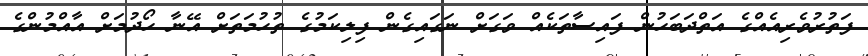
ފަތުރުވެރިއެއްގެ އަތްދަބަހުން ފައިސާތަކެއް ވަގަށް ނަގައިގެން ފިލިކަމުގެ ތުހުމަތަށް އޭނާ ހޯދުމަށް އާއްމުންގެ